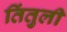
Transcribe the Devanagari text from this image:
तिंतुली